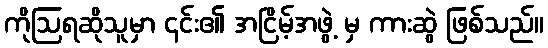
ကိုဩရဆိုသူမှာ ၎င်း၏ အငြိမ့်အဖွဲ့ မှ ကားဆွဲ ဖြစ်သည်။